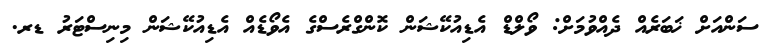
ސަންއަށް ޚަބަރެއް ދެއްވުމަށް: ވޯލްޑް އެޑިއުކޭޝަން ކޮންގްރެސްގެ އެވޯޑެއް އެޑިއުކޭޝަން މިނިސްޓަރު ޑރ.